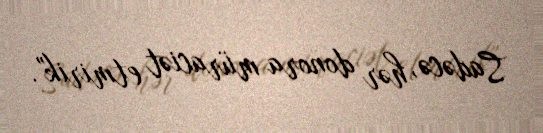
Sadəcə, hər donora müraciət etmirik".